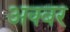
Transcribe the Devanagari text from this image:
अक्बर